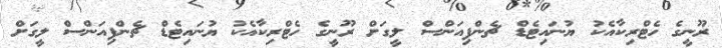
ރޫނީގެ ހެޓްރިކާއެކު ޔުނައިޓެޑް ޗެންޕިއަންސް ލީގަށް ރޫނީގެ ހެޓްރިކާއެކު ޔުނައިޓެޑް ޗެންޕިއަންސް ލީގަށް